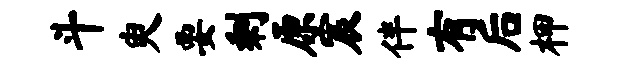
斗臾要剩原宸伴有后柙